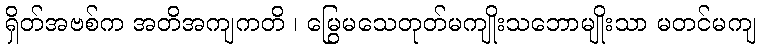
ရှိတ်အဗစ်က အတိအကျကတိ ၊ မြွေမသေတုတ်မကျိုးသဘောမျိုးသာ မတင်မကျ